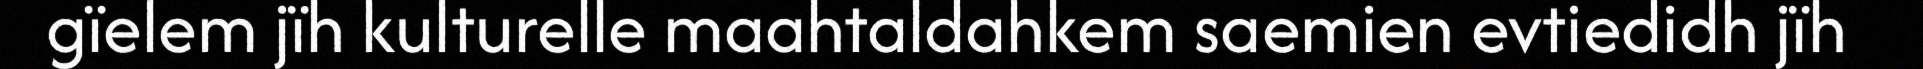
gïelem jïh kulturelle maahtaldahkem saemien evtiedidh jïh